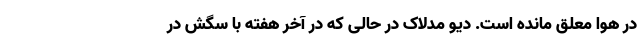
در هوا معلق مانده است. دیو مدلاک در حالی که در آخر هفته با سگش در